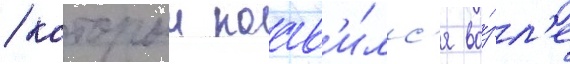
/ которыи поав'и́лс'я во́зл'е